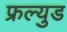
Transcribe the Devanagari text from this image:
फ्रल्युड